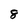
Character: 8